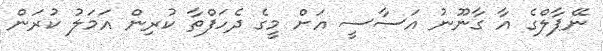
ނޭޕާލްގެ އާ ގާނޫނު އަސާސީ އަށް މީގެ ދެހަފްތާ ކުރިން އަމަލު ކުރަން